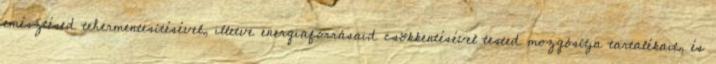
emésztésed tehermentesítésével, illetve energiaforrásaid csökkentésével tested mozgósítja tartalékait, és